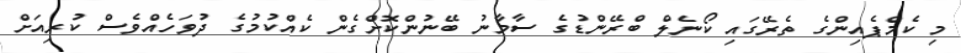
މި ކެމްޕެއިންގެ ތެރޭގައި ކޯނެލް ބްރޭންޑުގެ ސާމާނު ބޭނުންކޮށްގެން ކެއްކުމުގެ ދުވަހެއްވެސް ކުރިއަށް